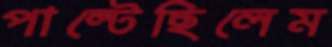
পাল্‌টেছিলেম